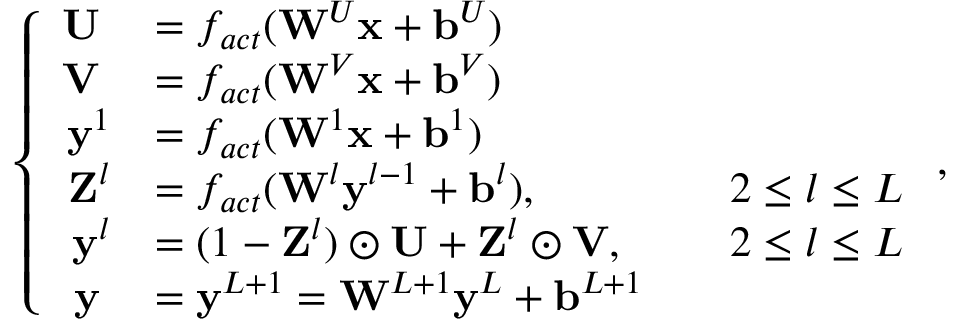
\left\{ \begin{array} { r l r l } { \mathbf { U } \; } & { = f _ { a c t } ( \mathbf { W } ^ { U } \mathbf { x } + \mathbf { b } ^ { U } ) } & & { } \\ { \mathbf { V } \; } & { = f _ { a c t } ( \mathbf { W } ^ { V } \mathbf { x } + \mathbf { b } ^ { V } ) } & & { } \\ { \mathbf { y } ^ { 1 } } & { = f _ { a c t } ( \mathbf { W } ^ { 1 } \mathbf { x } + \mathbf { b } ^ { 1 } ) } & & { } \\ { \mathbf { Z } ^ { l } } & { = f _ { a c t } ( \mathbf { W } ^ { l } \mathbf { y } ^ { l - 1 } + \mathbf { b } ^ { l } ) , } & & { 2 \le l \le L } \\ { \mathbf { y } ^ { l } } & { = ( 1 - \mathbf { Z } ^ { l } ) \odot \mathbf { U } + \mathbf { Z } ^ { l } \odot \mathbf { V } , } & & { 2 \le l \le L } \\ { \mathbf { y } \; } & { = \mathbf { y } ^ { L + 1 } = \mathbf { W } ^ { L + 1 } \mathbf { y } ^ { L } + \mathbf { b } ^ { L + 1 } } & & { } \end{array} \right. ,